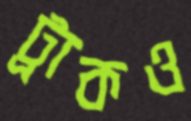
ট্রাকও